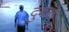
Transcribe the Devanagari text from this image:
दुकटे